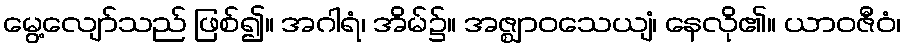
မွေ့လျော်သည် ဖြစ်၍။ အဂါရံ၊ အိမ်၌။ အဇ္ဈာဝသေယျံ၊ နေလို၏။ ယာဝဇီဝံ၊